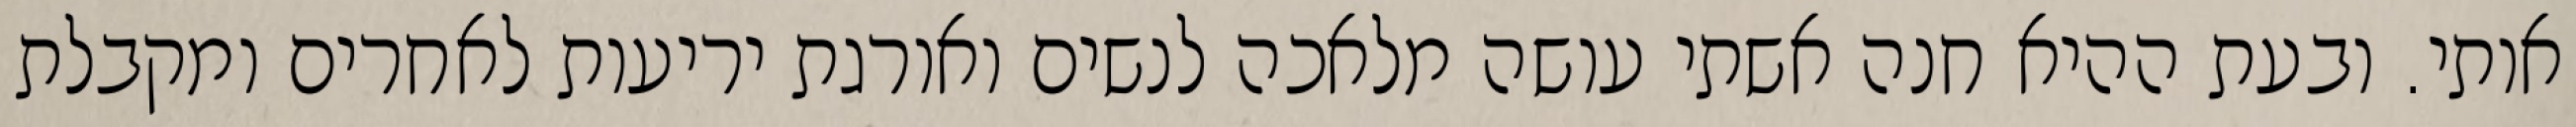
אותי. ובעת ההיא חנה אשתי עושה מלאכה לנשים ואורגת יריעות לאחרים ומקבלת